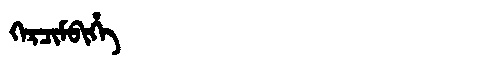
Manchu: ᡴᡝᡵᠴᡳᠮᠪᡳᡥᡝ
Romanization: KERCIMBIHE